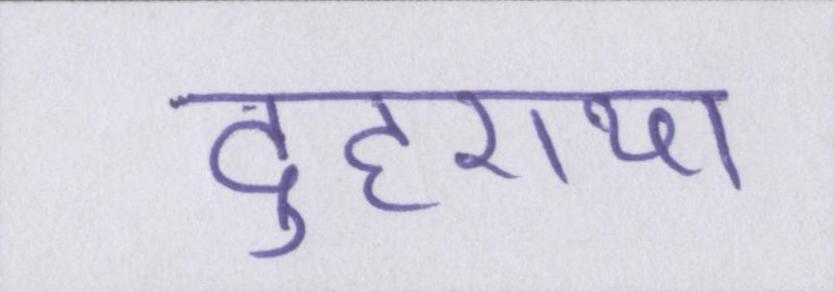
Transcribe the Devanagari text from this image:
दुहराया